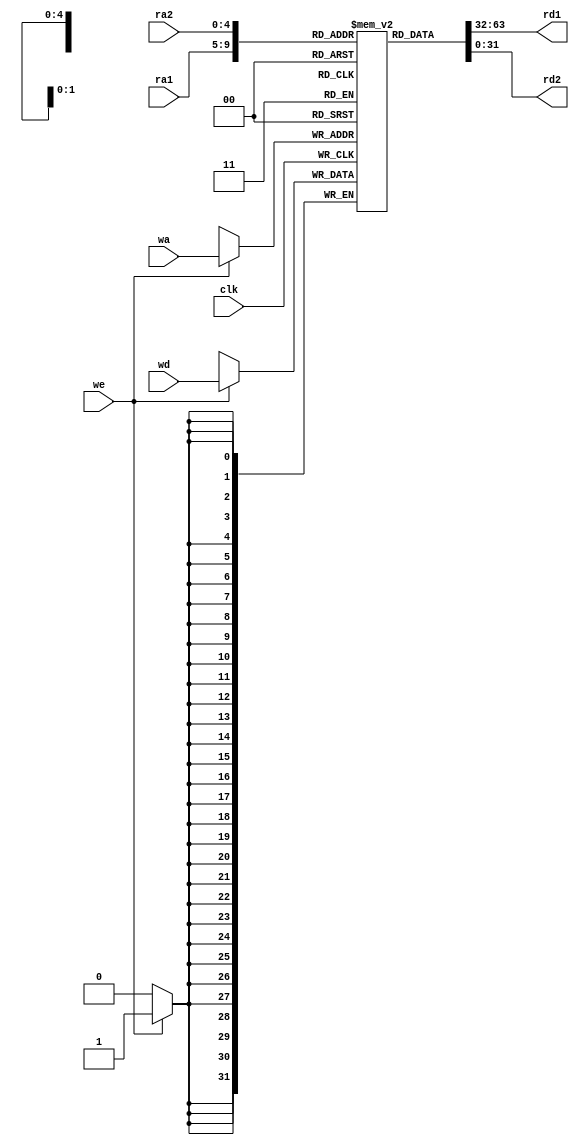
`timescale 1ns / 1ps
//////////////////////////////////////////////////////////////////////////////////
// Company: USTC
// 
// Design Name: Register file
// Module Name: Register file
// Project Name: LABH2
// Target Devices: xc7a100tcsg324-1
// Tool Versions: Vivado 2022.1
// Description: The register file
// 
// Dependencies: None
// 
// Revision: v1.0
// Revision 0.01 - File Created
// Additional Comments:None
// 
//////////////////////////////////////////////////////////////////////////////////

module Register_file(
    input          clk,		
    input  [4:0]   ra1, ra2,	
    input  [4:0]   wa,		
    input  [31:0]  wd,	
    input          we,
    output [31:0]  rd1, rd2	
);
    reg [31:0]  rf [0: 31]; 	   //

    assign rd1 = rf[ra1]; 	       //
    assign rd2 = rf[ra2];

    always @(posedge  clk)
        if (we)  rf[wa]  <=  wd;   //

endmodule